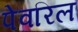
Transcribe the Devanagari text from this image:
पेवरिल